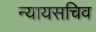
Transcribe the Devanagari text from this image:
न्यायसचिव